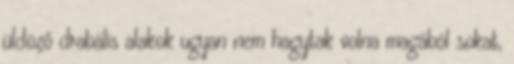
üldöző drabális alakok ugyan nem hagytak volna magából sokat,